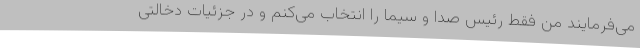
می‌فرمایند من فقط رئیس صدا و سیما را انتخاب می‌کنم و در جزئیات دخالتی